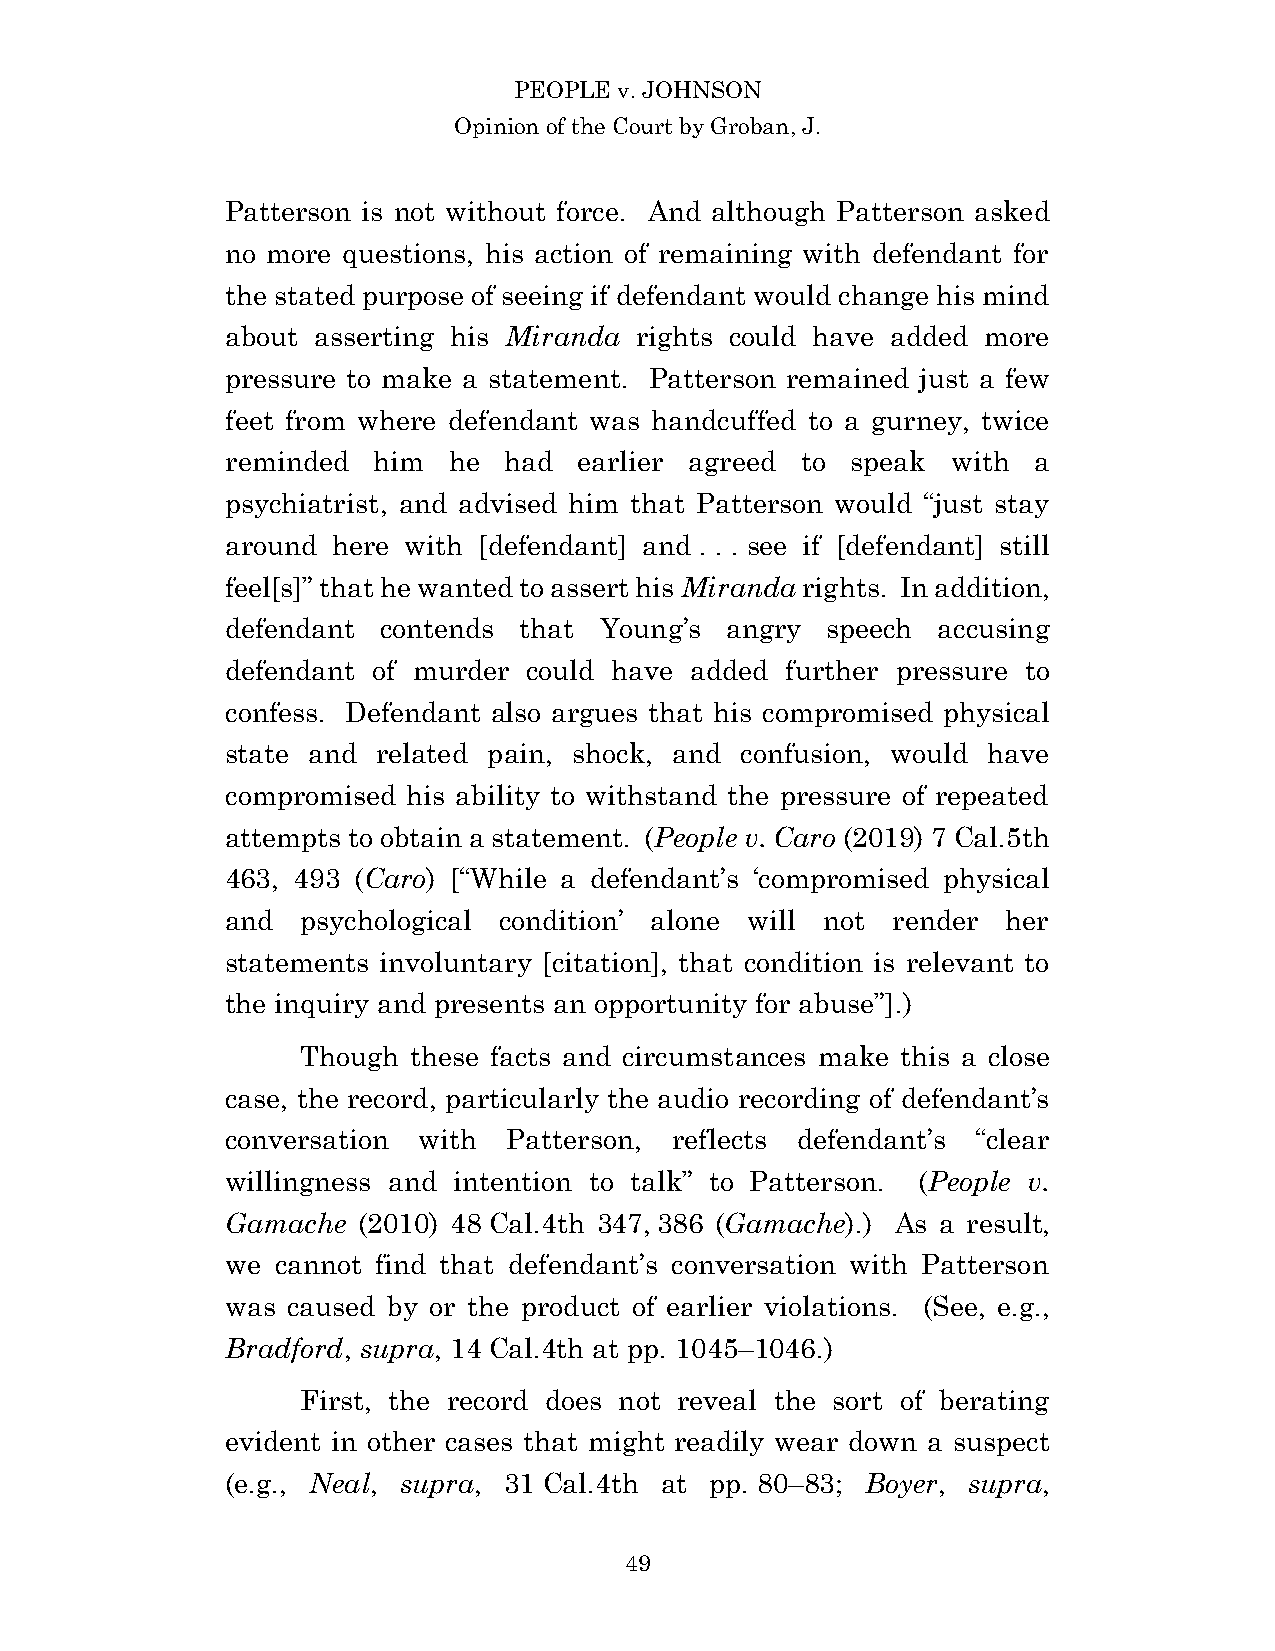
PEOPLE v. JOHNSON
 Opinion of the Court by Groban, J.
 Patterson is not without force. And although Patterson asked
 no more questions, his action of remaining with defendant for
 the stated purpose of seeing if defendant would change his mind
 about asserting his Miranda rights could have added more
 pressure to make a statement. Patterson remained just a few
 feet from where defendant was handcuffed to a gurney, twice
 reminded  him  he had  earlier agreed to speak  with a
 psychiatrist, and advised him that Patterson would “just stay
 around here with [defendant] and . . . see if [defendant] still
 feel[s]” that he wanted to assert his Miranda rights. In addition,
 defendant contends that  Young’s angry  speech accusing
 defendant of murder could have added further pressure to
 confess. Defendant also argues that his compromised physical
 state and related pain, shock, and confusion, would have
 compromised his ability to withstand the pressure of repeated
 attempts to obtain a statement. (People v. Caro (2019) 7 Cal.5th
 463, 493 (Caro) [“While a defendant’s ‘compromised physical
 and  psychological condition’ alone will not render her
 statements involuntary [citation], that condition is relevant to
 the inquiry and presents an opportunity for abuse”].)
 Though these facts and circumstances make this a close
 case, the record, particularly the audio recording of defendant’s
 conversation with  Patterson, reflects defendant’s “clear
 willingness and intention to talk” to Patterson. (People v.
 Gamache  (2010) 48 Cal.4th 347, 386 (Gamache).) As a result,
 we cannot find that defendant’s conversation with Patterson
 was caused by or the product of earlier violations. (See, e.g.,
 Bradford, supra, 14 Cal.4th at pp. 1045–1046.)
 First, the record does not reveal the sort of berating
 evident in other cases that might readily wear down a suspect
 (e.g., Neal, supra, 31 Cal.4th at pp. 80–83; Boyer, supra,
 4 9